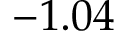
- 1 . 0 4